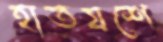
হাতযশে